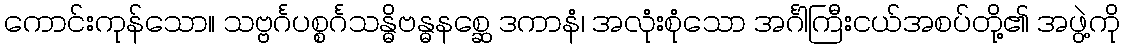
ကောင်းကုန်သော။ သဗ္ဗင်္ဂပစ္စင်္ဂသန္ဓိဗန္ဓနစ္ဆေ ဒကာနံ၊ အလုံးစုံသော အင်္ဂါကြီးငယ်အစပ်တို့၏ အဖွဲ့ကို